Annual administration report of the Civil Veterinary Department of India - 1908-1909
Year: 1908
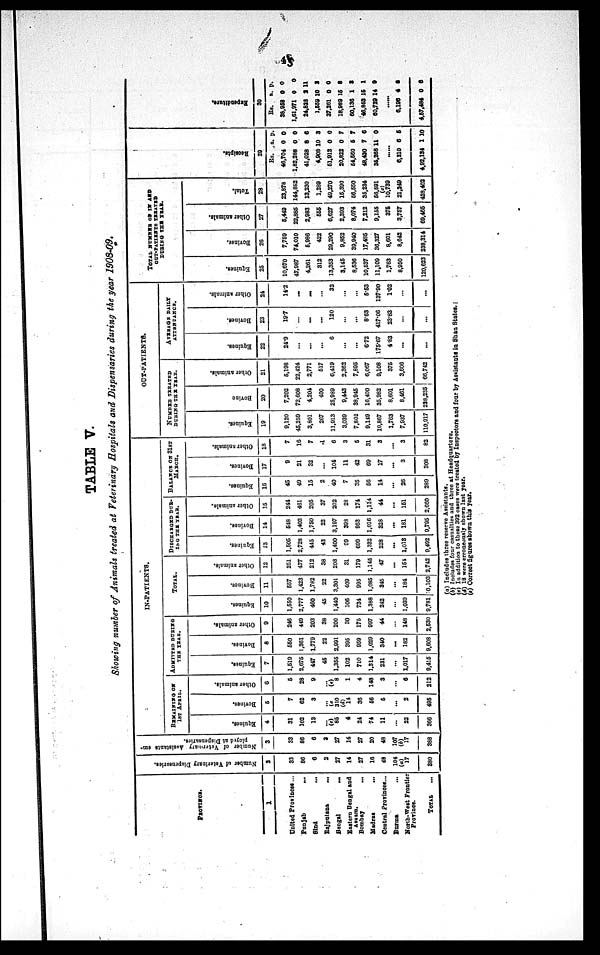
45
TABLE V.
Showing number of Animals treated at Veterinary Hospitals and Dispensaries during the year 1908-09.
PROVINCE.
1
United Provinces ...
Punjab
...
Sind ...
Rajputana
...
Bengal
...
Eastern Bengal and
Assam.
Bombay
...
Madras
...
Central Provinces...
Burma ...
North-West Frontier
Province.
TOTAL ...
Number
of Veterinary Dispensaries.
2
33
86
6
2
27
14
27
16
48
104
(a)
17
380
Number of Veterinary Assistants em-
ployed at Dispensaries.
3
33
86
6
3
27
14
27
20
48
107
(b)
17
388
IN-PATIENTS.
REMAINING ON
1ST APRIL.
Equines.
4
31
102
13
...
(e) 85
4
24
74
11
...
22
366
Bovines.
5
7
62
3
...
(e)
310
(b)
14
36
56
5
...
2
495
Other animals.
6
5
28
9
...
(e) 8
1
4
148
3
...
6
212
ADMITTED DURING
THE YEAR.
Equines.
7
1,519
2,675
447
45
1,355
102
710
1,314
231
...
1,017
9,415
Bovines.
8
550
1,361
1,779
22
2,991
395
959
1,029
340
...
182
9,608
Other animals.
9
246
449
203
38
200
30
175
997
44
...
148
2,530
TOTAL.
Equines.
10
1,550
2,777
460
45
1,440
106
734
1,388
242
...
1,039
9,781
Bovines.
11
557
1,423
1,782
22
3,301
409
995
1,085
345
...
184
0,103
Other animals.
12
251
477
212
38
208
31
179
1,145
47
...
151
2,742
DISCHARGED DUR¬
ING THE YEAR.
Equines.
13
1,505
2,728
445
43
1,400
99
699
1,332
228
...
1,013
9,492
Bovines.
14
548
1,402
1,750
22
3,197
393
953
1,016
328
...
181
9,795
Other animals.
15
244
461
205
37
202
28
174
1,114
44
...
151
2,660
BALANCE ON 31ST
MARCH.
Equines.
16
45
49
15
2
40
7
35
66
14
...
26
289
Bovines.
17
9
21
32
...
104
11
42
69
17
...
3
308
Other animals.
18
7
16
7
4
6
3
5
31
3
...
3
82
OUT-PATIENTS
NUMBER TREATED
DURING THE YEAR.
Equines.
19
9,120
45,259
3,801
267
11,913
3,039
7,802
9,149
10,867
1,763
7,937
110,917
Bovine
20
7,202
72,608
4,204
400
25,989
9,443
38,945
16,400
35,982
8,601
8,461
228,235
Other animals.
21
5,198
22,424
2,771
517
6,419
2,362
7,895
6,067
9,108
375
3,606
66,742
AVERAGE
DAILY
ATTENDANCE.
Equines.
22
24.9
...
...
...
6
...
...
6.72
175.67
4.63
...
...
Bovines.
23
19.7
...
...
...
120
...
...
8.63
417.06
23.83
...
...
Other animals.
24
14.2
...
...
...
32
...
...
5.53
137.90
1.02
...
...
TOTAL NUMBER OF IN AND
OUT-PATIENTS
TREATED
DURING THE YEAR.
Equines.
25
10,670
47,987
4,261
312
13,353
3,145
8,536
10,637
11,109
1,763
8,950
120,623
Bovines.
26
7,759
74,010
6,986
422
29,290
9,852
39,940
17,485
36,327
8,601
8,642
238,314
Other animals.
27
5,449
22,885
2,983
555
6,627
2,393
8,074
7,212
9,155
375
3,767
69,465
Total.
28
23,878
144,852
13,230
1,289
49,270
16,390
56,550
35,234
56,591
(c)
10,739
21,349
428,402
Receipts.
29
Rs.
46,704
1,82,288
41,028
4,908
61,913
20,822
64,660
48,430
35,268
6,210
4,92,134
a.
0
0
8
10
0
0
5
7
11
......
6
1
p.
0
0
6
3
0
7
7
6
0
5
10
Expendi t
ur e.
30
Rs.
38,958
1,61,971
24,828
1,559
37,261
18,989
60,136
46,853
60,729
6,196
4,57,484
a.
0
0
2
10
0
15
1
15
14
......
4
0
p.
0
0
11
2
0
8
2
1
9
2
6
(a) Includes three reserve Assistants.
(b) Includes four casualties and three at Headquarters.
(c) In addition to these 392 cases were treated by Inspectors and four by Assistants in Shan States.
(d) 18 were erroneously shown last year.
(e) Correct figures shown this year.